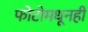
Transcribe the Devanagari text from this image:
फोटोमधूनही